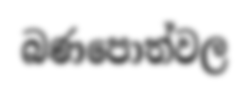
බණපොත්වල